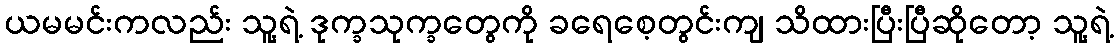
ယမမင်းကလည်း သူ့ရဲ့ ဒုက္ခသုက္ခတွေကို ခရေစေ့တွင်းကျ သိထားပြီးပြီဆိုတော့ သူ့ရဲ့